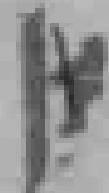
中